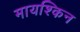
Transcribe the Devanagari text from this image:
मायश्किन